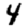
Digit: 4